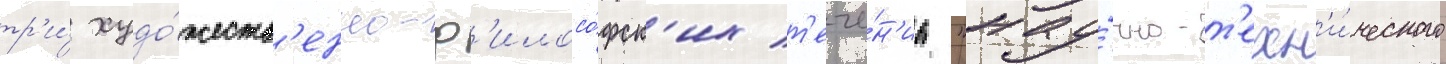
тр'и́ худо́жеств'енно-ф'илосо́фск'их т'ече́н'иа "нау́чно-т'ехн'и́ческого